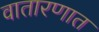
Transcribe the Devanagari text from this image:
वातारणात